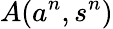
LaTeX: A(a^{n},s^{n})